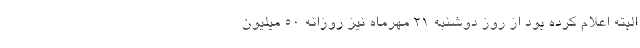
البته اعلام کرده بود از روز دوشنبه 21 مهرماه نیز روزانه 50 میلیون